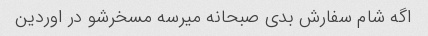
اگه شام سفارش بدی صبحانه میرسه مسخرشو در اوردین